system: You are a helpful assistant.
user:
Analyze the provided spectrum to determine if it is a **White Dwarf (WD)**.

A White Dwarf spectrum is defined by its **extreme purity** (due to gravitational settling) and/or **extreme pressure broadening** (due to high surface gravity). You must check for one of the following mutually exclusive signatures:

- **Key Visual Indicators (Check for ONE of these types):**

    - **1. DA-Type Signature (Most Common):**
        - **(Primary Feature):** Extreme pressure broadening (Stark broadening) of the **Hydrogen (H) Balmer lines**.
        - **(Key Lines):** $H\beta$ (approx. $4861$ Å) and $H\gamma$ (approx. $4340$ Å). $H\alpha$ (approx. $6563$ Å) will also be present if the wavelength range covers it.
        - **(Line Profile):** This is the **defining feature**. The lines are **NOT** sharp. They appear as massive, **extremely broad and deep "troughs" or "dips"** in the spectrum, often hundreds of Ångströms wide. The continuum will appear to "scoop" down at these wavelengths.
        - **(Distinction):** Normal A-type or B-type stars have *narrow* and *sharp* Hydrogen lines. A DA White Dwarf's lines are unmistakably "smeared" or "blurry" from pressure.

    - **2. DB-Type Signature:**
        - **(Primary Feature):** Broad absorption lines from **Neutral Helium (He I)**. The spectrum must lack any visible Hydrogen lines.
        - **(Key Lines):** Look for broad absorption near $4471$ Å, $4921$ Å, and $5876$ Å.
        - **(Line Profile):** These lines are also significantly pressure-broadened, appearing much wider than they would in a normal B-type main-sequence star.

    - **3. DC-Type Signature:**
        - **(Primary Feature):** A **featureless continuous spectrum**.
        - **(Line Profile):** The spectrum is a smooth curve with **no significant absorption or emission lines**.
        - **(Key Confirmation):** The continuum is almost always **blue or white**, indicating a hot object. This signature implies the atmosphere is so pure (or so cool) that no spectral lines are visible in the optical range. Its WD identity is confirmed by its extremely low intrinsic brightness (high absolute magnitude).

    - **4. DZ-Type Signature (Metal-Polluted):**
        - **(Primary Feature):** **Isolated, narrow metal absorption lines** on an otherwise featureless (DC-like) continuum.
        - **(Key Lines):** The **Calcium (Ca II) H & K doublet** (approx. **$3934$ Å** and **$3968$ Å**) is the most common and defining feature.
        - **(Line Profile):** These lines are "out of place." They are *not* part of a "forest" of thousands of lines. This signature is evidence of recent *accretion* (pollution) from rocky debris.
        - **(Distinction):** Normal G/K/M stars have a *dense forest* of thousands of metal lines. A DZ has a *clean* continuum with *only a few* strong metal lines.

    - **5. DQ-Type Signature (Carbon-Polluted):**
        - **(Primary Feature):** Absorption bands from **Carbon (C₂ "Swan Bands" or atomic C I)**.
        - **(Key Lines - C₂):** Look for bandheads with a "saw-tooth" shape near $5635$ Å, **$5165$ Å** (strongest), and $4737$ Å.
        - **(Key Confirmation):** The underlying **continuum must be blue or white** (hot).
        - **(Distinction):** This is the critical difference from a **Carbon Star**, which has the *exact same* C₂ bands but on an extremely **red, cool** continuum.

- **(Overall Spectrum):**
    - The continuum (overall shape) is typically **blue-sloping** (brighter in the blue than the red), as most white dwarfs are very hot.
    - The spectrum will look "pure" or "simple," dominated by only *one* of the five signatures listed above.

Think first, call **spectral_visualization_tool** if needed to examine features in detail, then provide your final answer. Your response must adhere to the following strict rules:
1.  **Overall Structure:** Your response must follow the format `<think>...</think> <tool_call>...</tool_call> (if a tool is used) <answer>...</answer>`.
2.  **Tool Usage Constraint:** You may only make **one** tool call per turn.
3.  **Final Answer Format:** In the `<answer>` tag, your conclusion must be inside a `\boxed{}` command (e.g., `\boxed{YES}` or `\boxed{NO}`), followed by your justification.

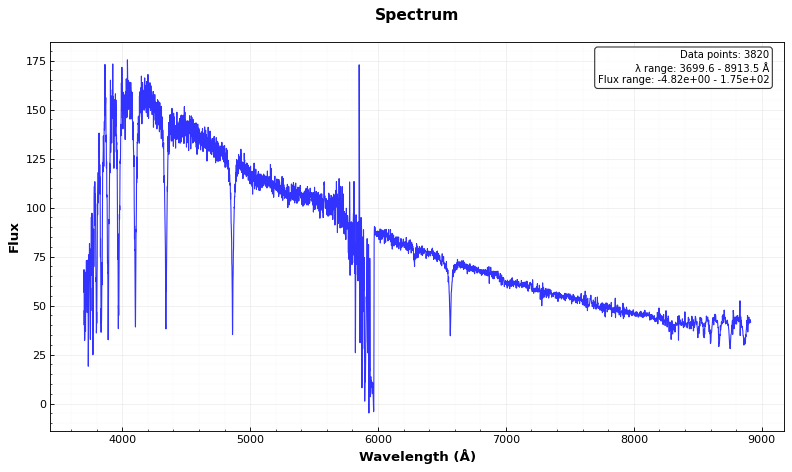
Answer: NO